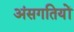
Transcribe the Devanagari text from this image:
अंसगतियों